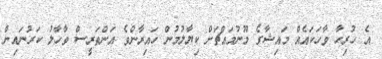
އެ ހުރިހާ ވާހަކައެއް މައިޝާގެ މޫނުމައްޗަށް ކިޔާލުމުން ހައިރާންވެ އަންތަރީސް ވާހާލު ކަރުނައިން